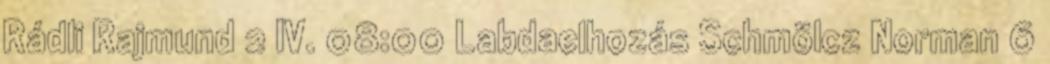
Rádli Rajmund 2 IV. 08:00 Labdaelhozás Schmölcz Norman 6